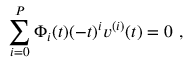
\sum _ { i = 0 } ^ { P } \Phi _ { i } ( t ) ( - t ) ^ { i } v ^ { ( i ) } ( t ) = 0 \ ,